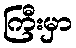
ကြီးမှာ